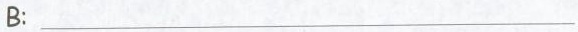
B:___